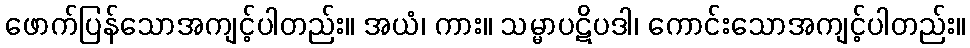
ဖောက်ပြန်သောအကျင့်ပါတည်း။ အယံ၊ ကား။ သမ္မာပဋိပဒါ၊ ကောင်းသောအကျင့်ပါတည်း။